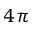
4 \pi